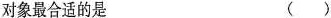
对象最合适的是 ( )